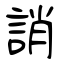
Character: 誚